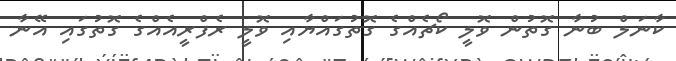
ކާނަލް ބުނާ ގޮތުން ވޮލީ ކޯޗެއްގެ ގޮތުގައްޔާއި ވޮލީ ރެފްރީއެއްގެ ގޮތުގައި އޭނާ